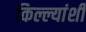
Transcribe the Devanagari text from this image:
किल्ल्यांशी